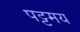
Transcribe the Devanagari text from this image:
पट्टमय